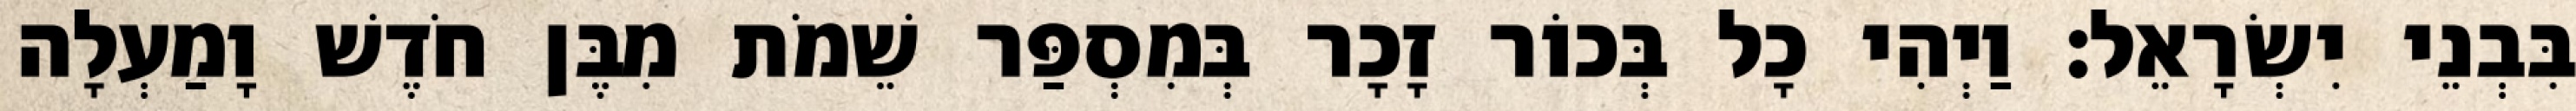
בִּבְנֵי יִשְׂרָאֵל׃ וַיְהִי כָל בְּכוֹר זָכָר בְּמִסְפַּר שֵׁמֹת מִבֶּן חֹדֶשׁ וָמַעְלָה